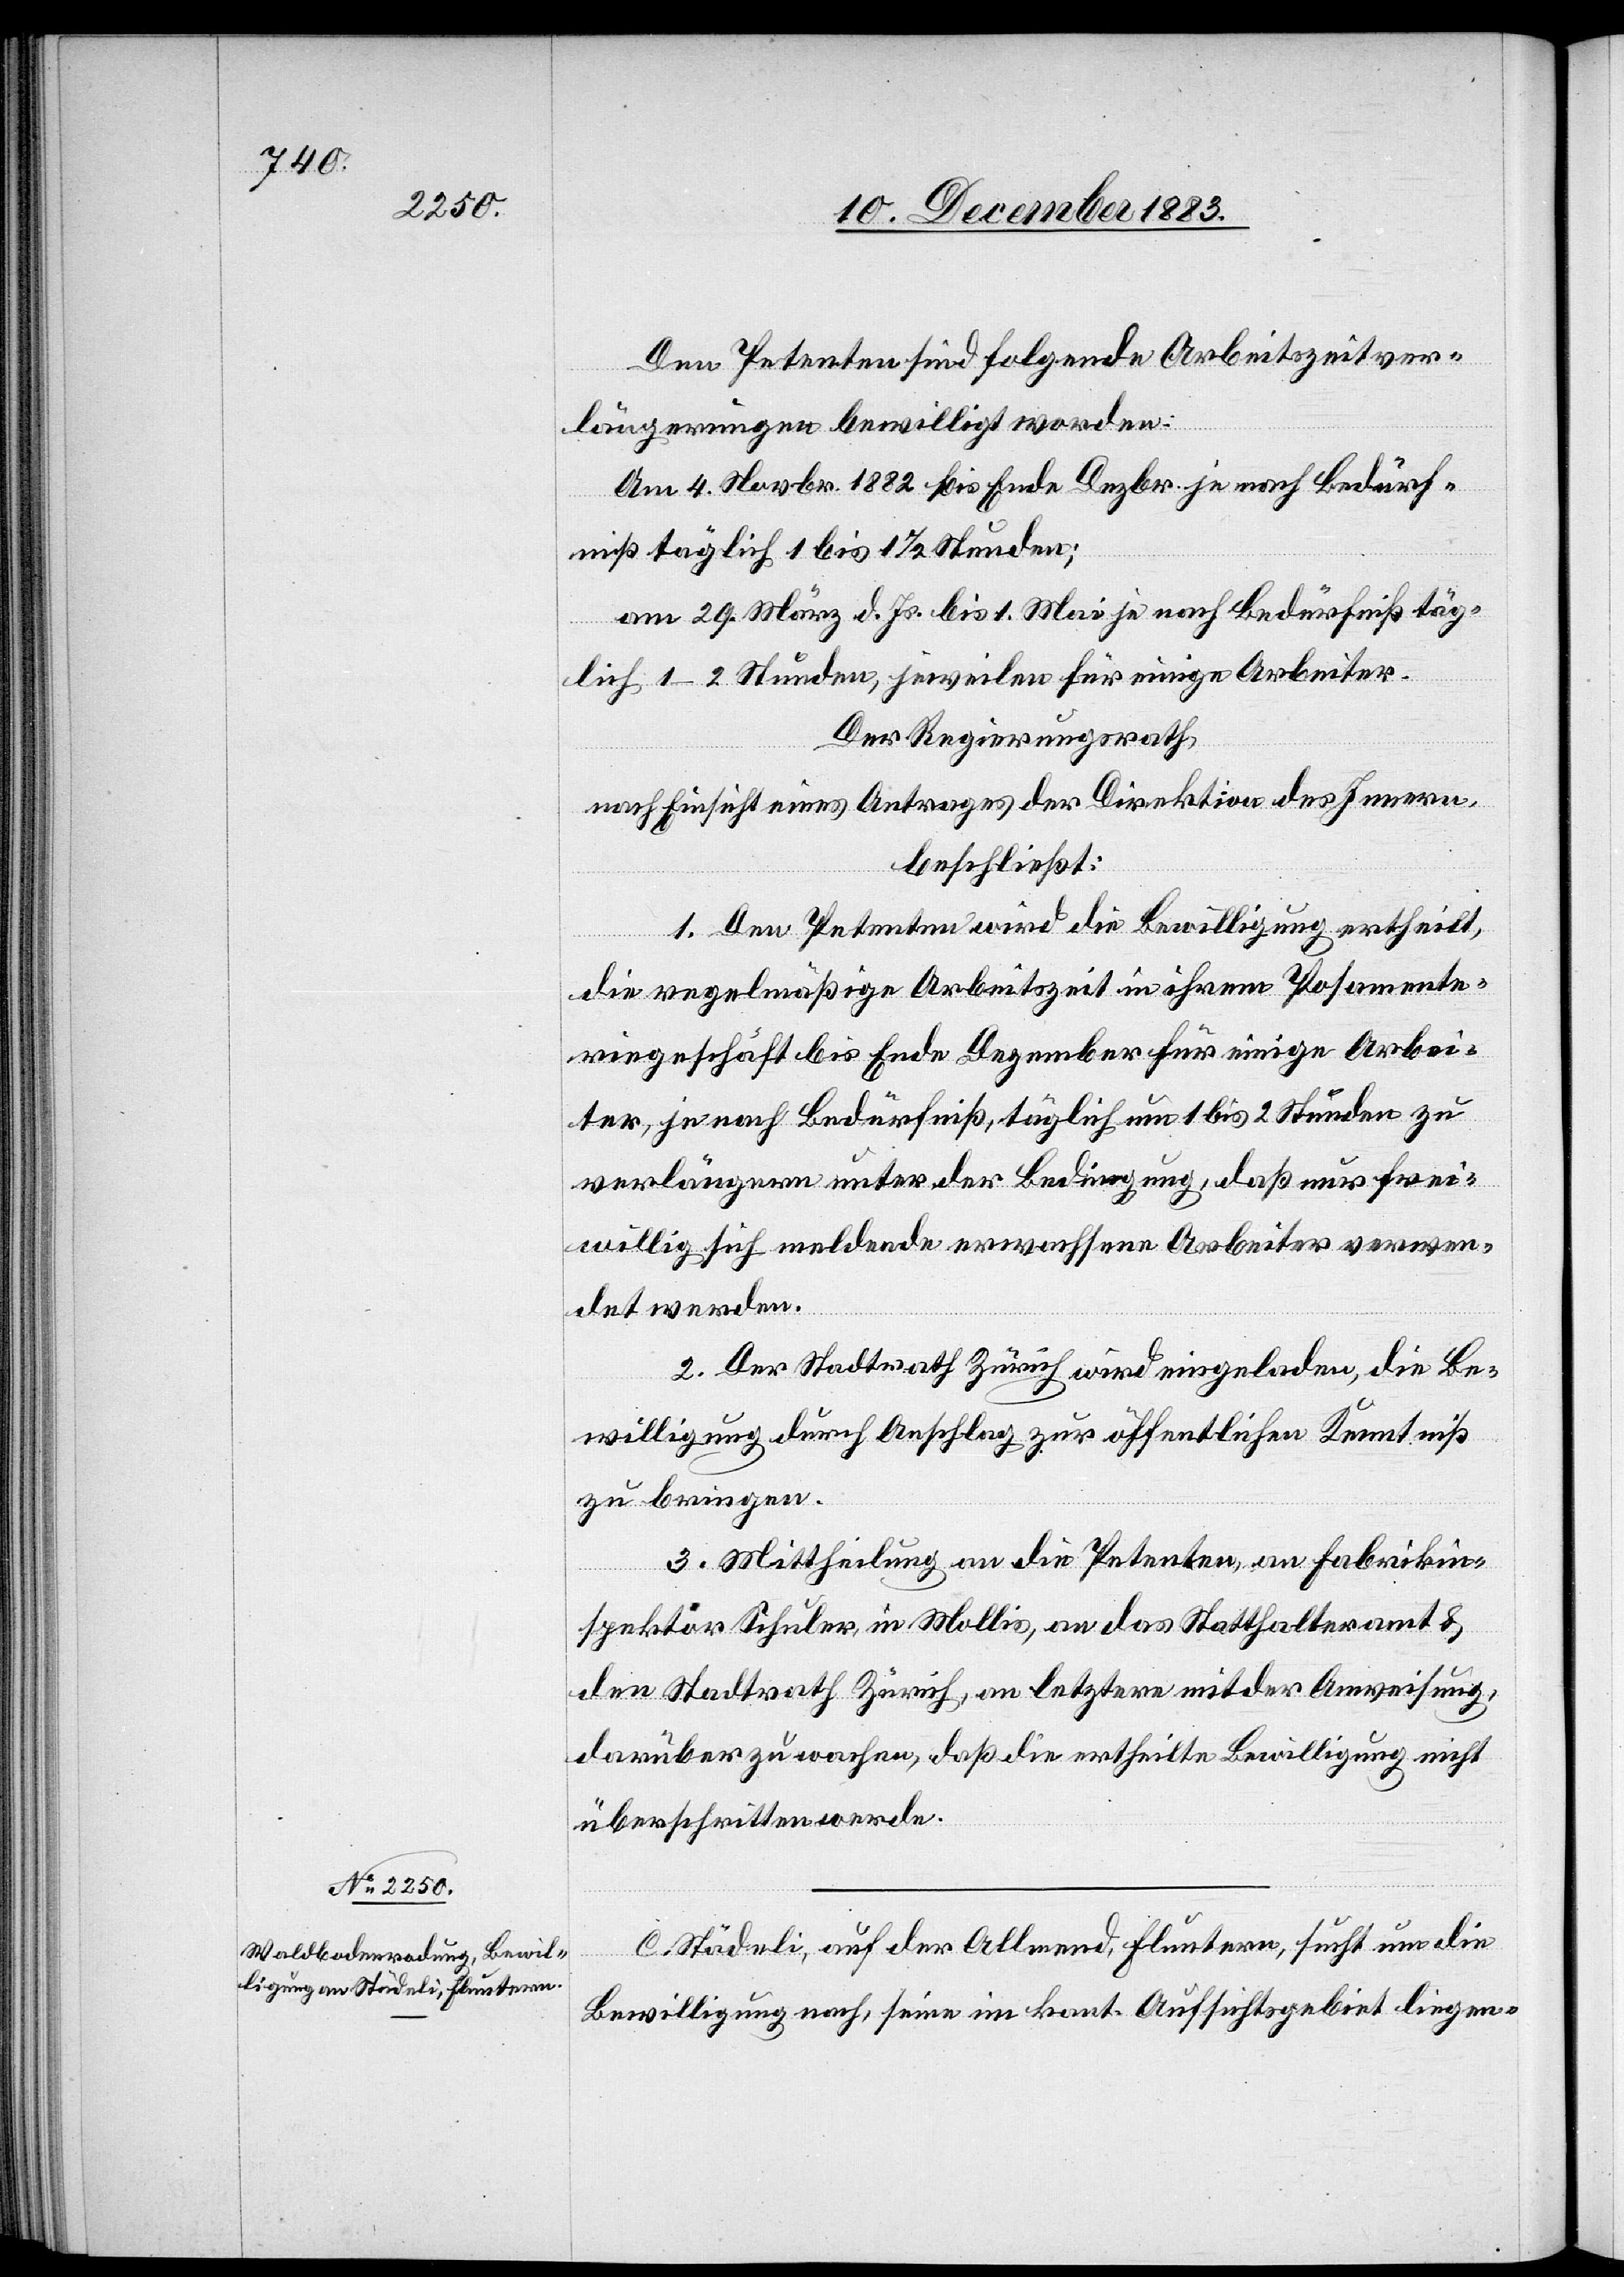
Den Petenten sind folgende Arbeitszeitver¬
längerungen bewilligt worden:
Am 4. Novbr. 1882 bis Ende Dezbr. je nach Bedürf¬
niß täglich 1 bis 1 1/2 Stunden;
am 29. März d. Js. bis 1. Mai je nach Bedürfniß täg¬
lich 1–2 Stunden, jeweilen für einige Arbeiter.
Der Regierungsrath,
nach Einsicht eines Antrages der Direktion des Innern,
beschließt:
1. Den Petenten wird die Bewilligung ertheilt,
die regelmäßige Arbeitszeit in ihrem Posamente¬
riegeschäft bis Ende Dezember für einige Arbei¬
ter, je nach Bedürfniß, täglich um 1 bis 2 Stunden zu
verlängern unter der Bedingung, daß nur frei¬
willig sich meldende erwachsene Arbeiter verwen¬
det werden.
2. Der Stadtrath Zürich wird eingeladen, die Be¬
willigung durch Anschlag zur öffentlichen Kenntniß
zu bringen.
3. Mittheilung an die Petenten, Fabrikin¬
spektor Schuler, in Mollis, an das Statthalteramt &
den Stadtrath Zürich, an letztere mit der Anweisung,
darüber zu wachen, daß die ertheilte Bewilligung nicht
überschritten werde.
C. Städeli, auf der Allmend, Fluntern, sucht um die
Bewilligung nach, seine im kant. Aufsichtsgebiet liegen-